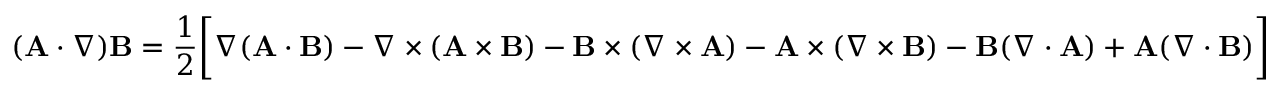
( \mathbf { A } \cdot \nabla ) \mathbf { B } = { \frac { 1 } { 2 } } { \bigg [ } \nabla ( \mathbf { A } \cdot \mathbf { B } ) - \nabla \times ( \mathbf { A } \times \mathbf { B } ) - \mathbf { B } \times ( \nabla \times \mathbf { A } ) - \mathbf { A } \times ( \nabla \times \mathbf { B } ) - \mathbf { B } ( \nabla \cdot \mathbf { A } ) + \mathbf { A } ( \nabla \cdot \mathbf { B } ) { \bigg ] }